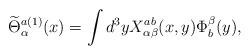
LaTeX: \begin{align*}\widetilde{\Theta}_{\alpha}^{a (1)}(x) = \int d^3 y X_{\alpha \beta}^{ab} (x,y)\Phi^{\beta}_{b} (y),\end{align*}